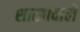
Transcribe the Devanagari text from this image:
शाखावाले